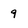
Character: 9